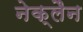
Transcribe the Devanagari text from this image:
नेक्लैन